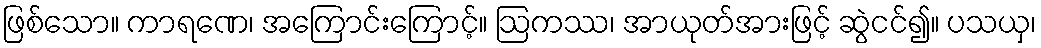
ဖြစ်သော။ ကာရဏေ၊ အကြောင်းကြောင့်။ ဩကဿ၊ အာယုတ်အားဖြင့် ဆွဲငင်၍။ ပသယှ၊